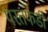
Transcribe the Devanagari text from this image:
परतफेडी